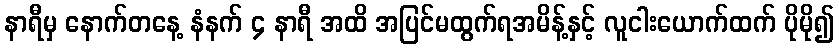
နာရီမှ နောက်တနေ့ နံနက် ၄ နာရီ အထိ အပြင်မထွက်ရအမိန့်နှင့် လူငါးယောက်ထက် ပိုမို၍